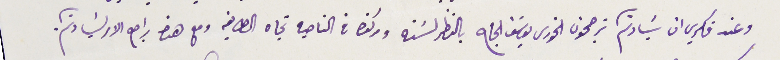
وعند فكري ان سَيادتكم ترجحون الخورى يوسَف الحاج بالنظر لسَنه ومركزه في الناحيه تجاه الطايفه ومع هذا راجع الامر لسيادتكم.